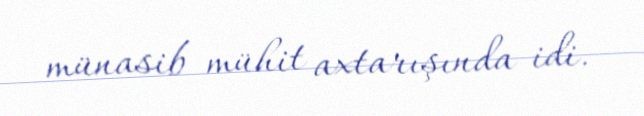
münasib mühit axtarışında idi.